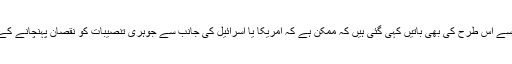
ایران میں بعض حلقوں کی جانب سے اس طرح کی بھی باتیں کہی گئی ہیں کہ ممکن ہے کہ امریکا یا اسرائیل کی جانب سے جوہری تنصیبات کو نقصان پہنچانے کے لیے یہ حرکت انجام دی گئی ہو۔